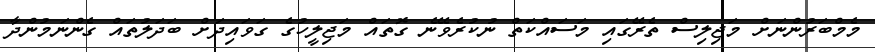
މެމްބަރުންނަށް މަޖިލިސް ތެރޭގައި މަސައްކަތް ނުކުރެވޭނެ ގޮތައް މަޖިލީހުގެ ގަވައިދަށް ބަދަލުތައް ގެންނަމުންދާ